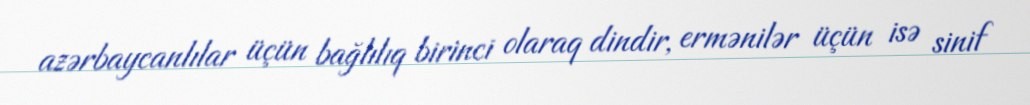
azərbaycanlılar üçün bağlılıq birinci olaraq dindir, ermənilər üçün isə sinif